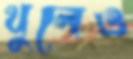
খুলেও